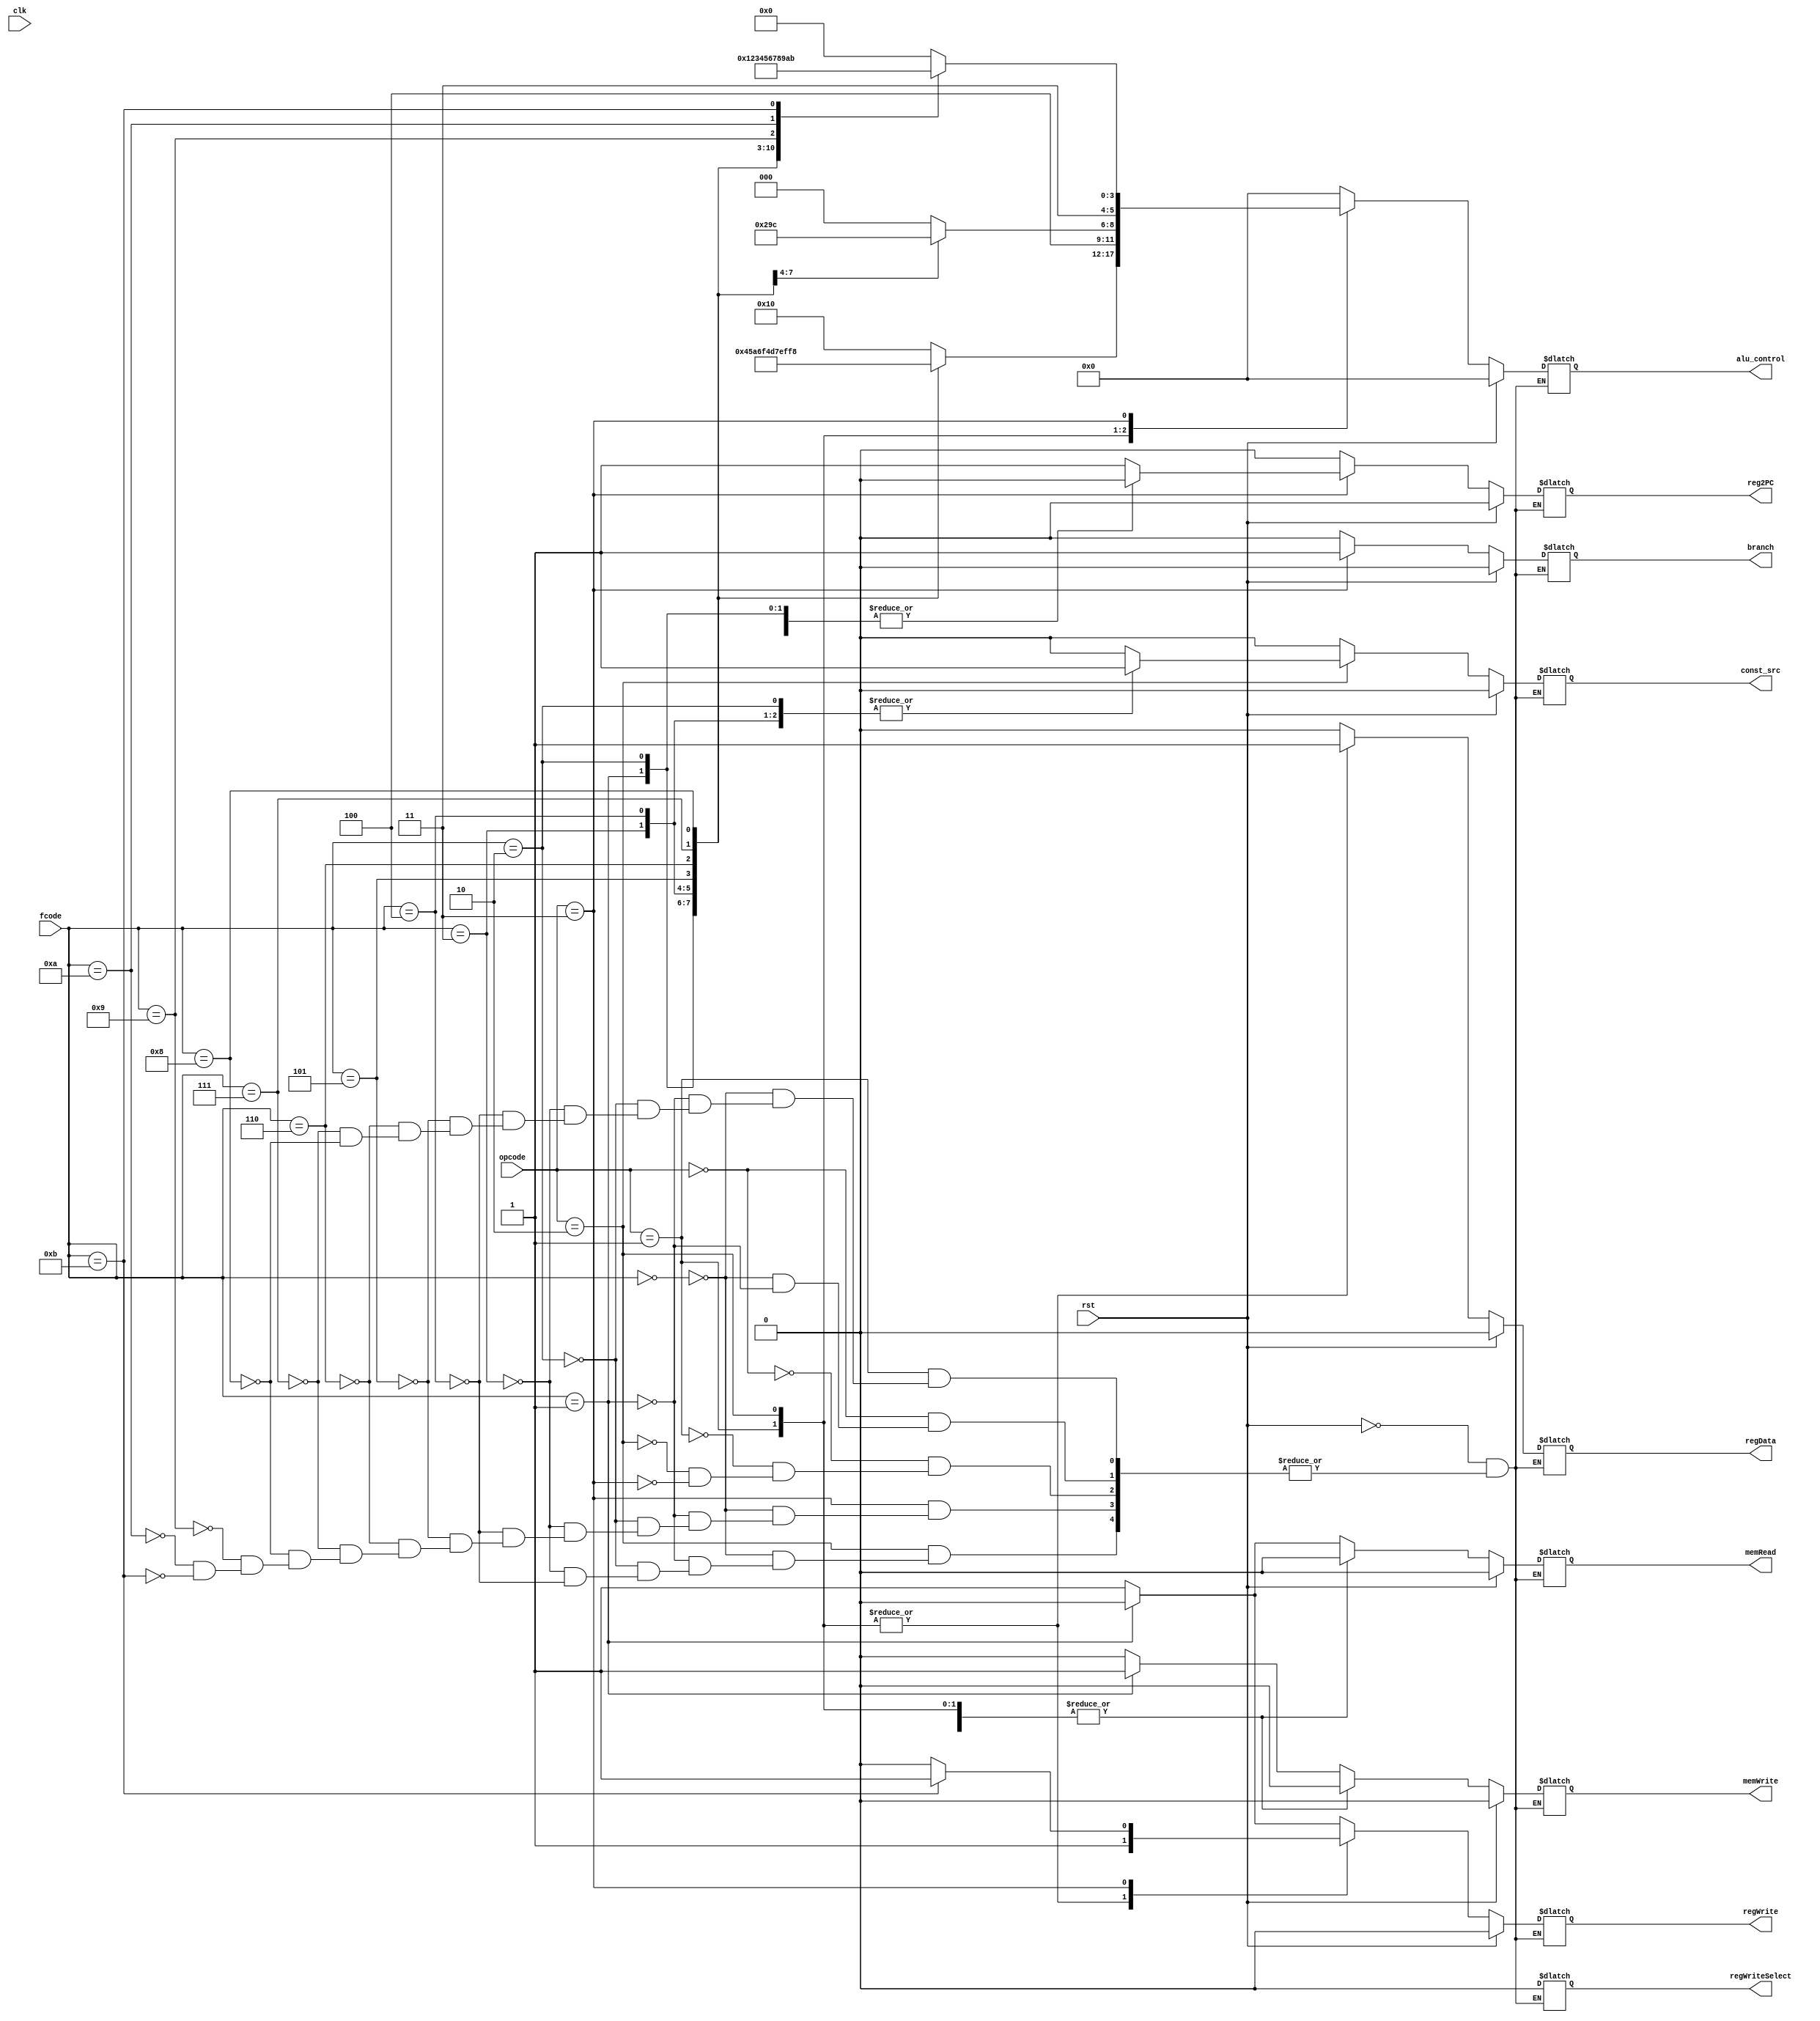
module control_unit(input wire clk, input wire rst, input wire[1:0] opcode, input wire[3:0] fcode, 
output reg[5:0] alu_control, 
output reg branch, regWrite, memWrite, const_src, memRead, regData, reg2PC, regWriteSelect );

always@(opcode or fcode or rst)
begin	
	if(rst)
	begin
		alu_control <= 0;
		branch <= 0;
		regWrite <= 0;
		memWrite <= 0;
		memRead <= 0;
		regData <= 0;
		reg2PC <= 0;
		regWriteSelect <= 0;
		const_src <= 0;
		
	end
	else begin
		case(opcode)
			2'd0: begin
						case(fcode)
							4'd0: begin
										alu_control <= 6'd0;
										branch <= 0;
										regWrite <= 1;
										memWrite <= 0;
										memRead <= 1;
										const_src <= 0;
										regData <= 0;
										reg2PC <= 0;
										regWriteSelect <= 0;	
									end
							4'd1: begin
										alu_control <= 6'd0;
										branch <= 0;
										regWrite <= 0;
										memWrite <= 1;
										memRead <= 0;
										const_src <= 0;
										regData <= 0;
										reg2PC <= 0;
										regWriteSelect <= 0;	
									end
							default: begin
										end
						endcase	
					end
			2'd1: begin
						case(fcode)
							4'd0: begin
										alu_control <= 6'b010000;
										branch <= 0;
										regWrite <= 1;
										memWrite <= 0;
										memRead <= 0;
										const_src <= 0;
										regData <= 1;
										reg2PC <= 0;
										regWriteSelect <= 0;	
									end
							4'd1: begin
										alu_control <= 6'd010001;
										branch <= 0;
										regWrite <= 1;
										memWrite <= 0;
										memRead <= 0;
										const_src <= 0;
										regData <= 1;
										reg2PC <= 0;
										regWriteSelect <= 0;	
									end
							4'd2: begin
										alu_control <= 6'd010010;
										branch <= 0;
										regWrite <= 1;
										memWrite <= 0;
										memRead <= 0;
										const_src <= 0;
										regData <= 1;
										reg2PC <= 0;
										regWriteSelect <= 0;	
									end
							4'd3: begin
										alu_control <= 6'd010011;
										branch <= 0;
										regWrite <= 1;
										memWrite <= 0;
										memRead <= 0;
										const_src <= 0;
										regData <= 1;
										reg2PC <= 0;
										regWriteSelect <= 0;	
									end
							4'd4: begin
										alu_control <= 6'd010100;
										branch <= 0;
										regWrite <= 1;
										memWrite <= 0;
										memRead <= 0;
										const_src <= 0;
										regData <= 1;
										reg2PC <= 0;
										regWriteSelect <= 0;	
									end
							4'd5: begin
										alu_control <= 6'd010101;
										branch <= 0;
										regWrite <= 1;
										memWrite <= 0;
										memRead <= 0;
										const_src <= 0;
										regData <= 1;
										reg2PC <= 0;
										regWriteSelect <= 0;	
									end
							4'd6: begin
										alu_control <= 6'd010110;
										branch <= 0;
										regWrite <= 1;
										memWrite <= 0;
										memRead <= 0;
										const_src <= 0;
										regData <= 1;
										reg2PC <= 0;
										regWriteSelect <= 0;	
									end
							4'd7: begin
										alu_control <= 6'd010111;
										branch <= 0;
										regWrite <= 1;
										memWrite <= 0;
										memRead <= 0;
										const_src <= 0;
										regData <= 1;
										reg2PC <= 0;
										regWriteSelect <= 0;	
									end
							4'd8: begin
										alu_control <= 6'd011000;
										branch <= 0;
										regWrite <= 1;
										memWrite <= 0;
										memRead <= 0;
										const_src <= 0;
										regData <= 1;
										reg2PC <= 0;
										regWriteSelect <= 0;	
									end	
							default: begin
										end
						endcase
					end
			2'd2: begin
						case(fcode)
							4'd0: begin
											alu_control <= 6'b100000;
											branch <= 0;
											regWrite <= 1;
											memWrite <= 0;
											const_src <= 0;
											memRead <= 0;
											regData <= 1;
											reg2PC <= 0;
											regWriteSelect <= 0;	
										end
							4'd1: begin
											alu_control <= 6'b100001;
											branch <= 0;
											regWrite <= 1;
											memWrite <= 0;
											const_src <= 0;
											memRead <= 0;
											regData <= 1;
											reg2PC <= 0;
											regWriteSelect <= 0;	
										end
							4'd2: begin
											alu_control <= 6'b100010;
											branch <= 0;
											regWrite <= 1;
											memWrite <= 0;
											const_src <= 1;
											memRead <= 0;
											regData <= 1;
											reg2PC <= 0;
											regWriteSelect <= 0;	
										end
							4'd3: begin
											alu_control <= 6'b100011;
											branch <= 0;
											regWrite <= 1;
											memWrite <= 0;
											const_src <= 1;
											memRead <= 0;
											regData <= 1;
											reg2PC <= 0;
											regWriteSelect <= 0;	
										end
							4'd4: begin
											alu_control <= 6'b100100;
											branch <= 0;
											regWrite <= 1;
											memWrite <= 0;
											const_src <= 1;
											memRead <= 0;
											regData <= 1;
											reg2PC <= 0;
											regWriteSelect <= 0;	
										end
							default: begin
										end
						endcase
					end
			2'd3: begin
						case(fcode)
							4'd0: begin
											alu_control <= 6'b110000;
											branch <= 1;
											regWrite <= 0;
											memWrite <= 0;
											const_src <= 0;
											memRead <= 0;
											regData <= 0;
											reg2PC <= 1;
											regWriteSelect <= 0;	
										end
							4'd1: begin
											alu_control <= 6'b110001;
											branch <= 1;
											regWrite <= 0;
											memWrite <= 0;
											const_src <= 0;
											memRead <= 0;
											regData <= 0;
											reg2PC <= 0;
											regWriteSelect <= 0;	
										end
							4'd2: begin
											alu_control <= 6'b110010;
											branch <= 1;
											regWrite <= 0;
											memWrite <= 0;
											const_src <= 0;
											memRead <= 0;
											regData <= 0;
											reg2PC <= 0;
											regWriteSelect <= 0;	
										end
							4'd3: begin
											alu_control <= 6'b110011;
											branch <= 1;
											regWrite <= 0;
											memWrite <= 0;
											memRead <= 0;
											const_src <= 0;
											regData <= 0;
											reg2PC <= 0;
											regWriteSelect <= 0;	
										end
							4'd4: begin
											alu_control <= 6'b110100;
											branch <= 1;
											regWrite <= 0;
											memWrite <= 0;
											memRead <= 0;
											const_src <= 0;
											regData <= 0;
											reg2PC <= 0;
											regWriteSelect <= 0;	
										end
							4'd5: begin
											alu_control <= 6'b110101;
											branch <= 1;
											regWrite <= 0;
											memWrite <= 0;
											memRead <= 0;
											const_src <= 0;
											regData <= 0;
											reg2PC <= 0;
											regWriteSelect <= 0;	
										end
							4'd6: begin
											alu_control <= 6'b110110;
											branch <= 1;
											regWrite <= 0;
											memWrite <= 0;
											memRead <= 0;
											const_src <= 0;
											regData <= 0;
											reg2PC <= 0;
											regWriteSelect <= 0;	
										end
							4'd7: begin
											alu_control <= 6'b110111;
											branch <= 1;
											regWrite <= 0;
											memWrite <= 0;
											memRead <= 0;
											const_src <= 0;
											regData <= 0;
											reg2PC <= 0;
											regWriteSelect <= 0;	
										end
							4'd8: begin
											alu_control <= 6'b111000;
											branch <= 1;
											regWrite <= 0;
											memWrite <= 0;
											memRead <= 0;
											const_src <= 0;
											regData <= 0;
											reg2PC <= 0;
											regWriteSelect <= 0;	
										end
							4'd9: begin
											alu_control <= 6'b111001;
											branch <= 1;
											regWrite <= 0;
											memWrite <= 0;
											memRead <= 0;
											const_src <= 0;
											regData <= 0;
											reg2PC <= 0;
											regWriteSelect <= 0;	
										end
							4'd10: begin
											alu_control <= 6'b111010;
											branch <= 1;
											regWrite <= 0;
											memWrite <= 0;
											memRead <= 0;
											const_src <= 0;
											regData <= 0;
											reg2PC <= 0;
											regWriteSelect <= 0;	
										end
							4'd11: begin
											alu_control <= 6'b111011;
											branch <= 1;
											regWrite <= 1;
											memWrite <= 0;
											memRead <= 0;
											const_src <= 0;
											regData <= 0;
											reg2PC <= 1;
											regWriteSelect <= 0;	
										end
							default: begin
										end
						endcase
					end
			default: begin
						end
		endcase
	end
end

endmodule